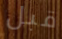
قبل